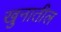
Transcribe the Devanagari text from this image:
खुनातील